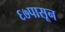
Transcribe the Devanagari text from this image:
६७पासून